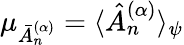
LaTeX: \mu_{\bar{A}_{n}^{(\alpha)}}=\langle\hat{A}_{n}^{(\alpha)}\rangle_{\psi}